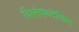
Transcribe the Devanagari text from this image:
विश्लेषणदेखिल